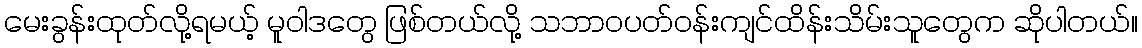
မေးခွန်းထုတ်လို့ရမယ့် မူဝါဒတွေ ဖြစ်တယ်လို့ သဘာဝပတ်ဝန်းကျင်ထိန်းသိမ်းသူတွေက ဆိုပါတယ်။